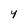
Character: y